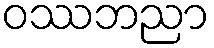
ဝဿဘညာ